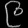
Digit: ၉